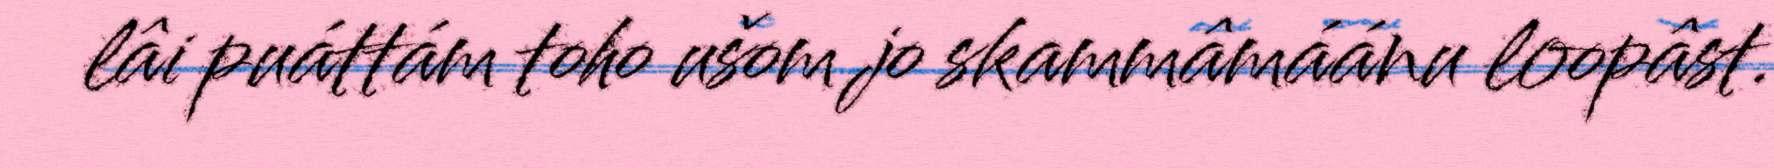
lâi puáttám toho ušom jo skammâmáánu loopâst.